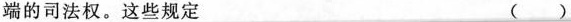
端的司法权。这些规定 ( )